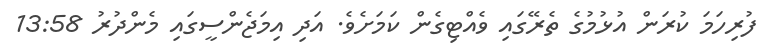
ފުރިހަމަ ކުރަން އުޅުމުގެ ތެރޭގައި ވެއްޓިގެން ކަމަށެވެ. އަދި އިމަޖެންސީގައި މެންދުރު 13:58